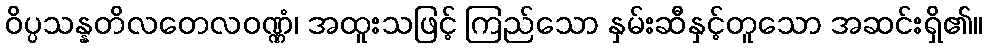
ဝိပ္ပသန္နတိလတေလဝဏ္ဏံ၊ အထူးသဖြင့် ကြည်သော နှမ်းဆီနှင့်တူသော အဆင်းရှိ၏။